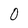
Character: 0